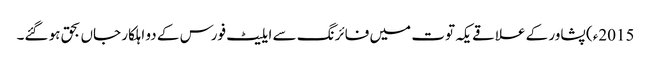
2015ء) پشاور کے علاقے یکہ توت میں فائرنگ سے ایلیٹ فورس کے دو اہلکار جاں بحق ہو گئے۔